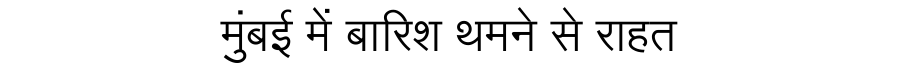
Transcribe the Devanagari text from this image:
मुंबई में बारिश थमने से राहत